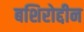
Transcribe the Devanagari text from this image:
बशिरोद्दीन